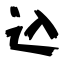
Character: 込